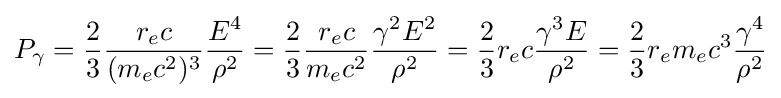
P_{\gamma }={\frac {2}{3}}{\frac {r_{e}c}{(m_{e}c^{2})^{3}}}{\frac {E^{4}}{\rho ^{2}}}={\frac {2}{3}}{\frac {r_{e}c}{m_{e}c^{2}}}{\frac {\gamma ^{2}E^{2}}{\rho ^{2}}}={\frac {2}{3}}r_{e}c{\frac {\gamma ^{3}E}{\rho ^{2}}}={\frac {2}{3}}r_{e}m_{e}c^{3}{\frac {\gamma ^{4}}{\rho ^{2}}}